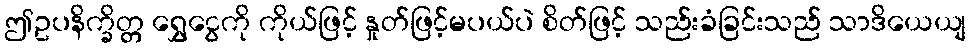
ဤဥပနိက္ခိတ္တ ရွှေငွေကို ကိုယ်ဖြင့် နှုတ်ဖြင့်မပယ်ပဲ စိတ်ဖြင့် သည်းခံခြင်းသည် သာဒိယေယျ